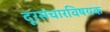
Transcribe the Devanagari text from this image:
दूरसंचारविषयक